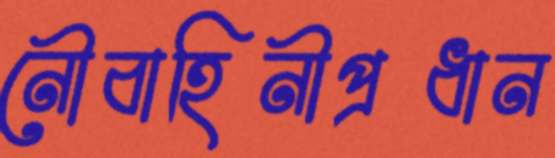
নৌবাহিনীপ্রধান